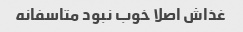
غذاش اصلا خوب نبود متاسفانه